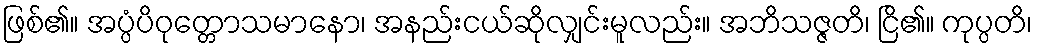
ဖြစ်၏။ အပ္ပံပိဝုတ္တောသမာနော၊ အနည်းငယ်ဆိုလျှင်းမူလည်း။ အဘိသဇ္ဇတိ၊ ငြိ၏။ ကုပ္ပတိ၊